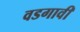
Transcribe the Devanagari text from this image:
वडगावी